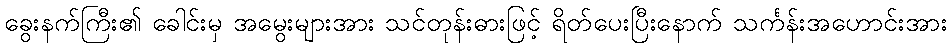
ခွေးနက်ကြီး၏ ခေါင်းမှ အမွေးများအား သင်တုန်းဓားဖြင့် ရိတ်ပေးပြီးနောက် သင်္ကန်းအဟောင်းအား